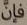
فإن